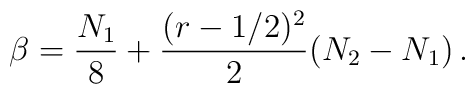
\beta =\frac{N_{1}}{8} +\frac{(r-1/2)^2}{2}(N_2 -N_1)\,.